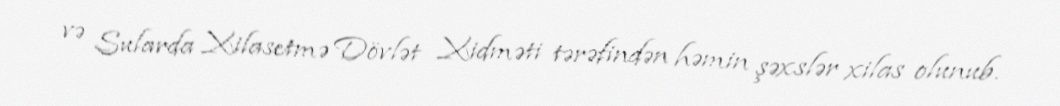
və Sularda Xilasetmə Dövlət Xidməti tərəfindən həmin şəxslər xilas olunub.